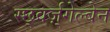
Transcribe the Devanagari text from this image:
स्छ्वर्ज़्गेल्बेन